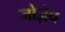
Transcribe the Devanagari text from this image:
जोज़ेप